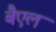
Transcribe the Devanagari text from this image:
बैएल